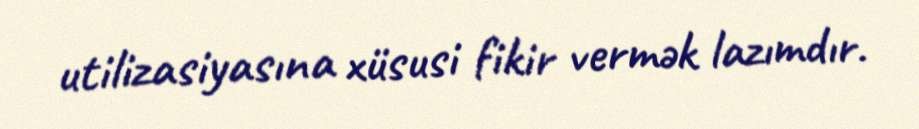
utilizasiyasına xüsusi fikir vermək lazımdır.